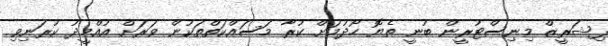
ފިޝަރީޒް މިނިސްޓުރީން ބުނީ ތެޔޮ ހޯދުމަށް ކުރާ މަސައްކަތްތަކުން ވަރަށް އުއްމީދު ކުރަނިވި